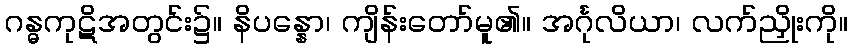
ဂန္ဓကုဋိအတွင်း၌။ နိပန္နော၊ ကျိန်းတော်မူ၏။ အင်္ဂုလိယာ၊ လက်ညှိုးကို။